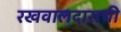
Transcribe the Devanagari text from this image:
रखवालदाराची